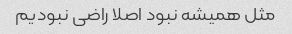
مثل همیشه نبود اصلا راضی نبودیم